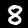
Digit: 8